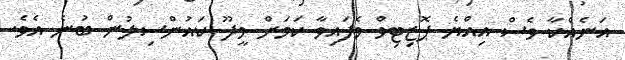
އަނެއްކާ ވެސް އިއްޔެ ޕޮޒިޓިވް ވެފައިވާ ކަމަށް މީދޫ ކައުންސިލުން ބުނެ އެވެ.